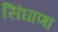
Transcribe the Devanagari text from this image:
सिंघाणा